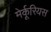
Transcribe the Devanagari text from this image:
मेर्कूरियस